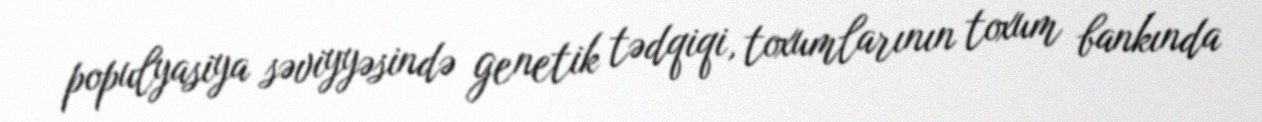
populyasiya səviyyəsində genetik tədqiqi, toxumlarının toxum bankında